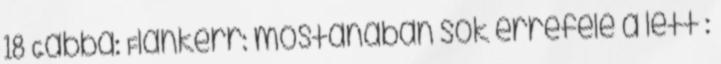
18 Gabba: Flankerr: mostanában sok errefelé a lett :